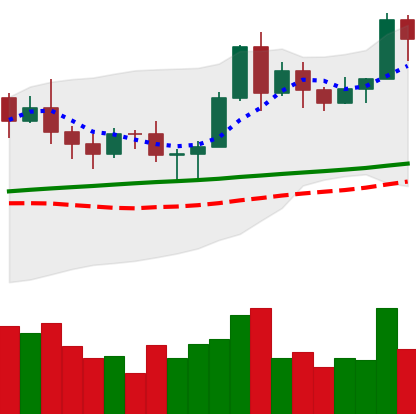
Ticker: LTC-USD
Chart end date: 2020-11-14
Forward return: 28.083%
Label: up_7plus